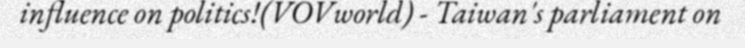
influence on politics!(VOVworld) - Taiwan's parliament on